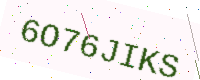
Text: 6O76JIKS